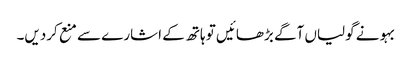
بہو نے گولیاں آگے بڑھائیں تو ہاتھ کے اشارے سے منع کردیں۔